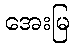
အေးမြ